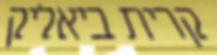
קרית ביאליק